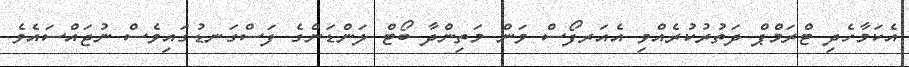
އެކަމާހެދި ޓްރަމްޕް ދަތުރުކުރެއްވި އެއަރފޯސް ވަން މަތިންދާ ބޯޓް ލަންޑަންގެ ފަސްގަނޑުގައިވެސް ނުޖައްސައެވެ.